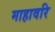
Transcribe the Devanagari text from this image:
माहावरि